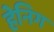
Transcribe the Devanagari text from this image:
हेनिग